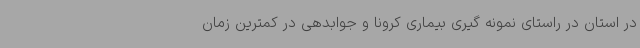
در استان در راستای نمونه گیری بیماری کرونا و جوابدهی در کمترین زمان